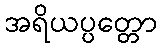
အရိယပ္ပတ္တော